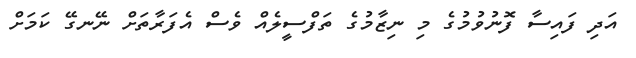
އަދި ފައިސާ ފޮނުވުމުގެ މި ނިޒާމުގެ ތަފްސީލެއް ވެސް އެފަރާތަށް ނޭނގޭ ކަމަށް